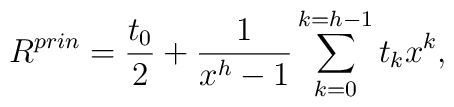
R^{prin}=\frac{t_0}{2}+\frac{1}{x^h-1}\sum_{k=0}^{k=h-1}t_kx^k,